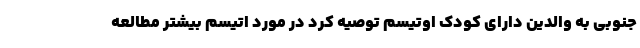
جنوبی به والدین دارای کودک اوتیسم توصیه کرد در مورد اتیسم بیشتر مطالعه